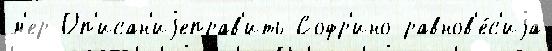
м'ер Оп'исан'иjеправ'ить Софр'ино равнов'е́с'иjа